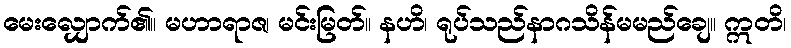
မေးလျှောက်၏။ မဟာရာဇ၊ မင်းမြတ်။ နဟိ၊ ရုပ်သည်နာဂသိန်မမည်ချေ။ ဣတိ၊